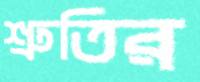
শ্রুতির